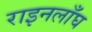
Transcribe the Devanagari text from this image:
राइनलाँघ